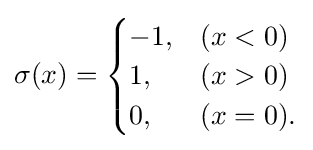
\sigma (x)={\begin{cases}-1,&(x<0)\\1,&(x>0)\\0,&(x=0).\end{cases}}